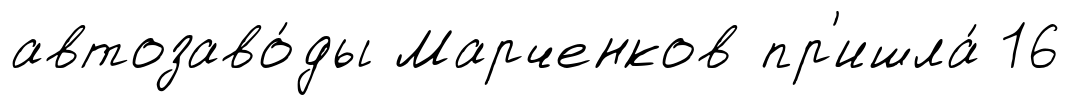
автозаво́ды Марченков пр'ишла́ 16